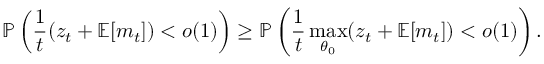
\mathbb { P } \left( \frac { 1 } { { t } } ( z _ { t } + \mathbb { E } [ m _ { t } ] ) < o ( 1 ) \right) \geq \mathbb { P } \left( \frac { 1 } { { t } } \operatorname* { m a x } _ { \theta _ { 0 } } ( z _ { t } + \mathbb { E } [ m _ { t } ] ) < o ( 1 ) \right) .